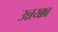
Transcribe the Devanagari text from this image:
उन्नय्क्का